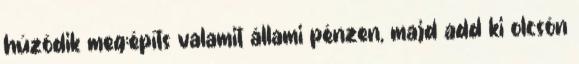
húzódik meg:építs valamit állami pénzen, majd add ki olcsón